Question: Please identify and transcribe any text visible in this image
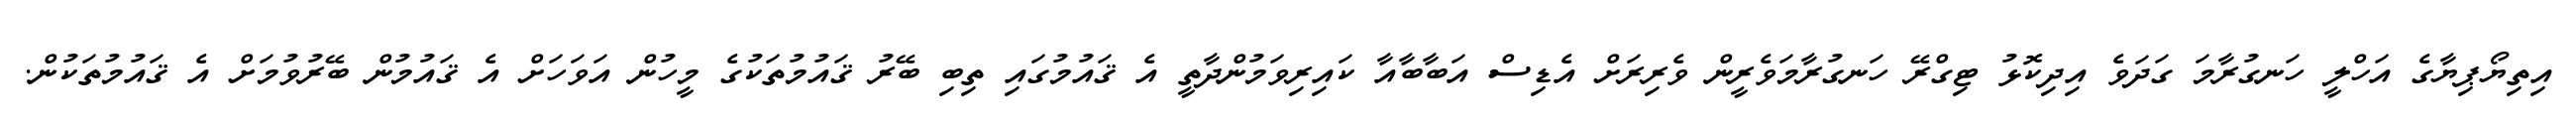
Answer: އިތިޔޯޕިޔާގެ އަހްލީ ހަނގުރާމަ ގަދަވެ އިދިކޮޅު ޓިގްރޭ ހަނގުރާމަވެރީން ވެރިރަށް އެޑިސް އަބާބާއާ ކައިރިވަމުންދާތީ އެ ޤައުމުގައި ތިބި ބޭރު ޤައުމުތަކުގެ މީހުން އަވަހަށް އެ ޤައުމުން ބޭރުވުމަށް އެ ޤައުމުތަކުން.